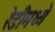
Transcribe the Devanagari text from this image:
रेडीमध्ये